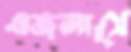
এজলাসে